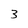
Character: 3